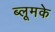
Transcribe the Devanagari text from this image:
ब्लूमके